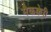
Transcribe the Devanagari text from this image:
मैकक्वेरी